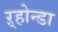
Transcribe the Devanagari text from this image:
ऱ्होन्डा